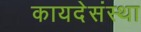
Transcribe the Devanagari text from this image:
कायदेसंस्था